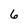
Character: 6